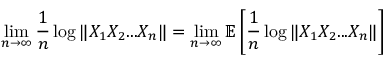
\operatorname* { l i m } _ { n \to \infty } \frac { 1 } { n } \log \| X _ { 1 } X _ { 2 } . . . X _ { n } \| = \operatorname* { l i m } _ { n \to \infty } \mathbb { E } \left[ \frac { 1 } { n } \log \| X _ { 1 } X _ { 2 } . . . X _ { n } \| \right]